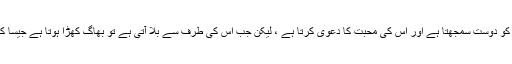
تو نعمت کی حالت میں اللہ تعالیٰ کو دوست سمجھتا ہے اور اس کی محبت کا دعویٰ کرتا ہے ، لیکن جب اس کی طرف سے بلا آتی ہے توُ بھاگ کھڑا ہوتا ہے جیسا کہ اللہ تعالیٰ تیرا دوست ہی نہ تھا۔